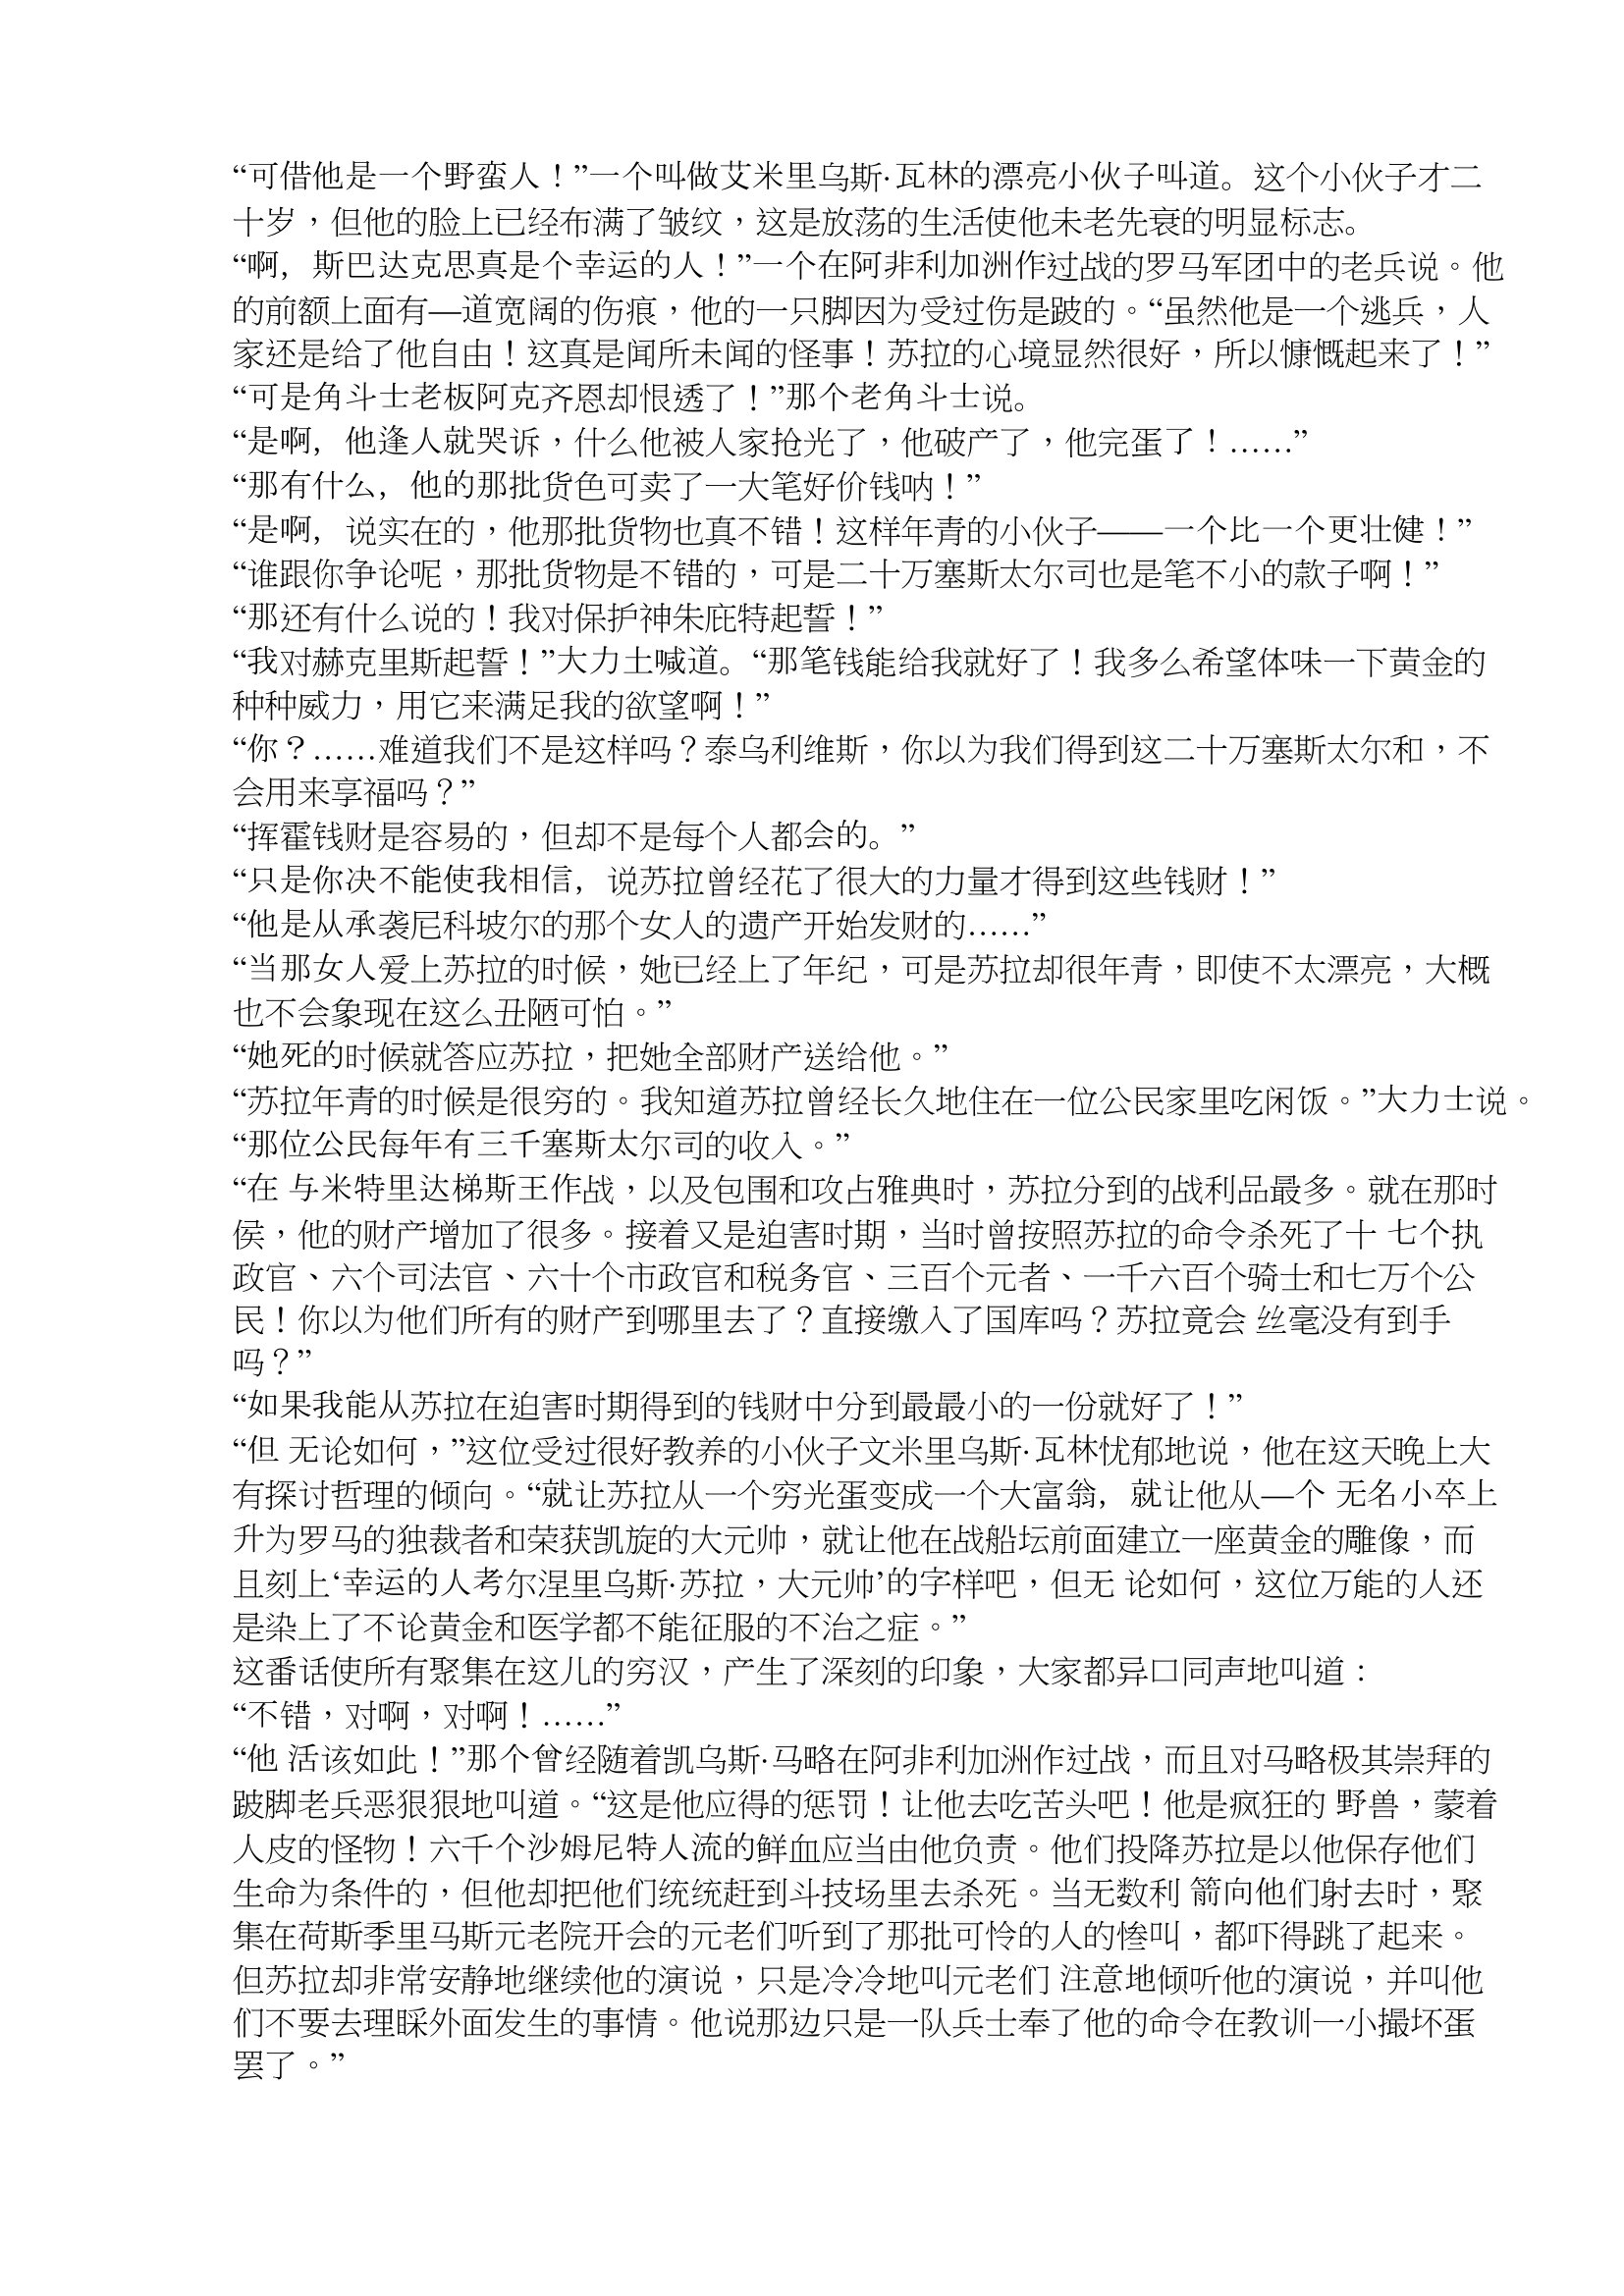
Language: zh